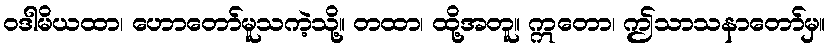
ဝဒါမိယထာ၊ ဟောတော်မူသကဲ့သို့။ တထာ၊ ထို့အတူ။ ဣတော၊ ဤသာသနာတော်မှ။